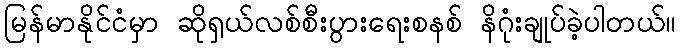
မြန်မာနိုင်ငံမှာ ဆိုရှယ်လစ်စီးပွားရေးစနစ် နိဂုံးချုပ်ခဲ့ပါတယ်။